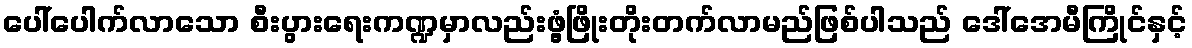
ပေါ်ပေါက်လာသော စီးပွားရေးကဏ္ဍမှာလည်းဖွံ့ဖြိုးတိုးတက်လာမည်ဖြစ်ပါသည် ဒေါ်အေမီကြိုင်နှင့်